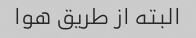
البته از طریق هوا